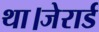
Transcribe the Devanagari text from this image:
था।जेरार्ड